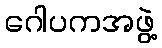
ဂေါပကအဖွဲ့